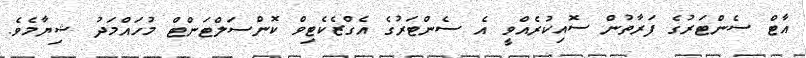
އާޓް ސެންޓަރުގެ ފަރާތުން ސޮއިކުރެއްވީ އެ ސެންޓަރުގެ އެގްޒެކެޓިވް ކޮންސަލްޓަންޓް މުހައްމަދު ޝިޔާމެވެ.